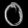
Digit: ၀